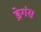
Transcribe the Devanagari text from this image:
ड्रेगंस